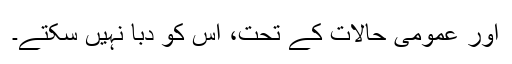
اور عمومی حالات کے تحت، اس کو دبا نہیں سکتے۔